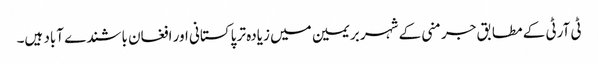
ٹی آرٹی کے مطابق جرمنی کے شہر بریمین میں زیادہ تر پاکستانی اور افغان باشندے آباد ہیں۔